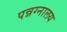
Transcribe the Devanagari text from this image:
पन्नग्नालय